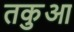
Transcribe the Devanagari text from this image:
तकुआ